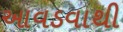
આવડવાથી